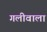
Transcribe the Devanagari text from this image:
गलीवाला